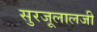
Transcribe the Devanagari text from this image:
सुरजूलालजी